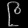
Digit: ၉